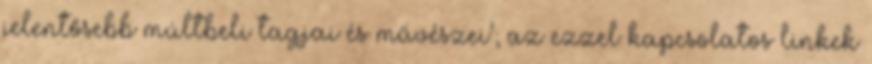
jelentősebb múltbeli tagjai és művészei'; az ezzel kapcsolatos linkek